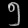
Digit: ၅